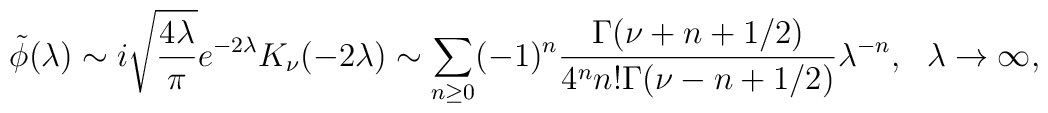
\tilde\phi(\lambda)\sim i\sqrt{\frac{4\lambda}{\pi}}e^{-2\lambda}K_{\nu}(-2\lambda)\sim\sum_{n\geq 0}(-1)^n\frac{\Gamma(\nu+n+1/2)}{4^nn!\Gamma(\nu-n+1/2)}\lambda^{-n},\ \ \lambda\rightarrow\infty,